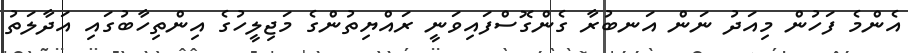
އެންމެ ފަހުން މިއަދު ނަން އަނބުރާ ގެންގޮސްފައިވަނީ ރައްޔިތުންގެ މަޖިލީހުގެ އިންތިހާބުގައި އަދާލަތު